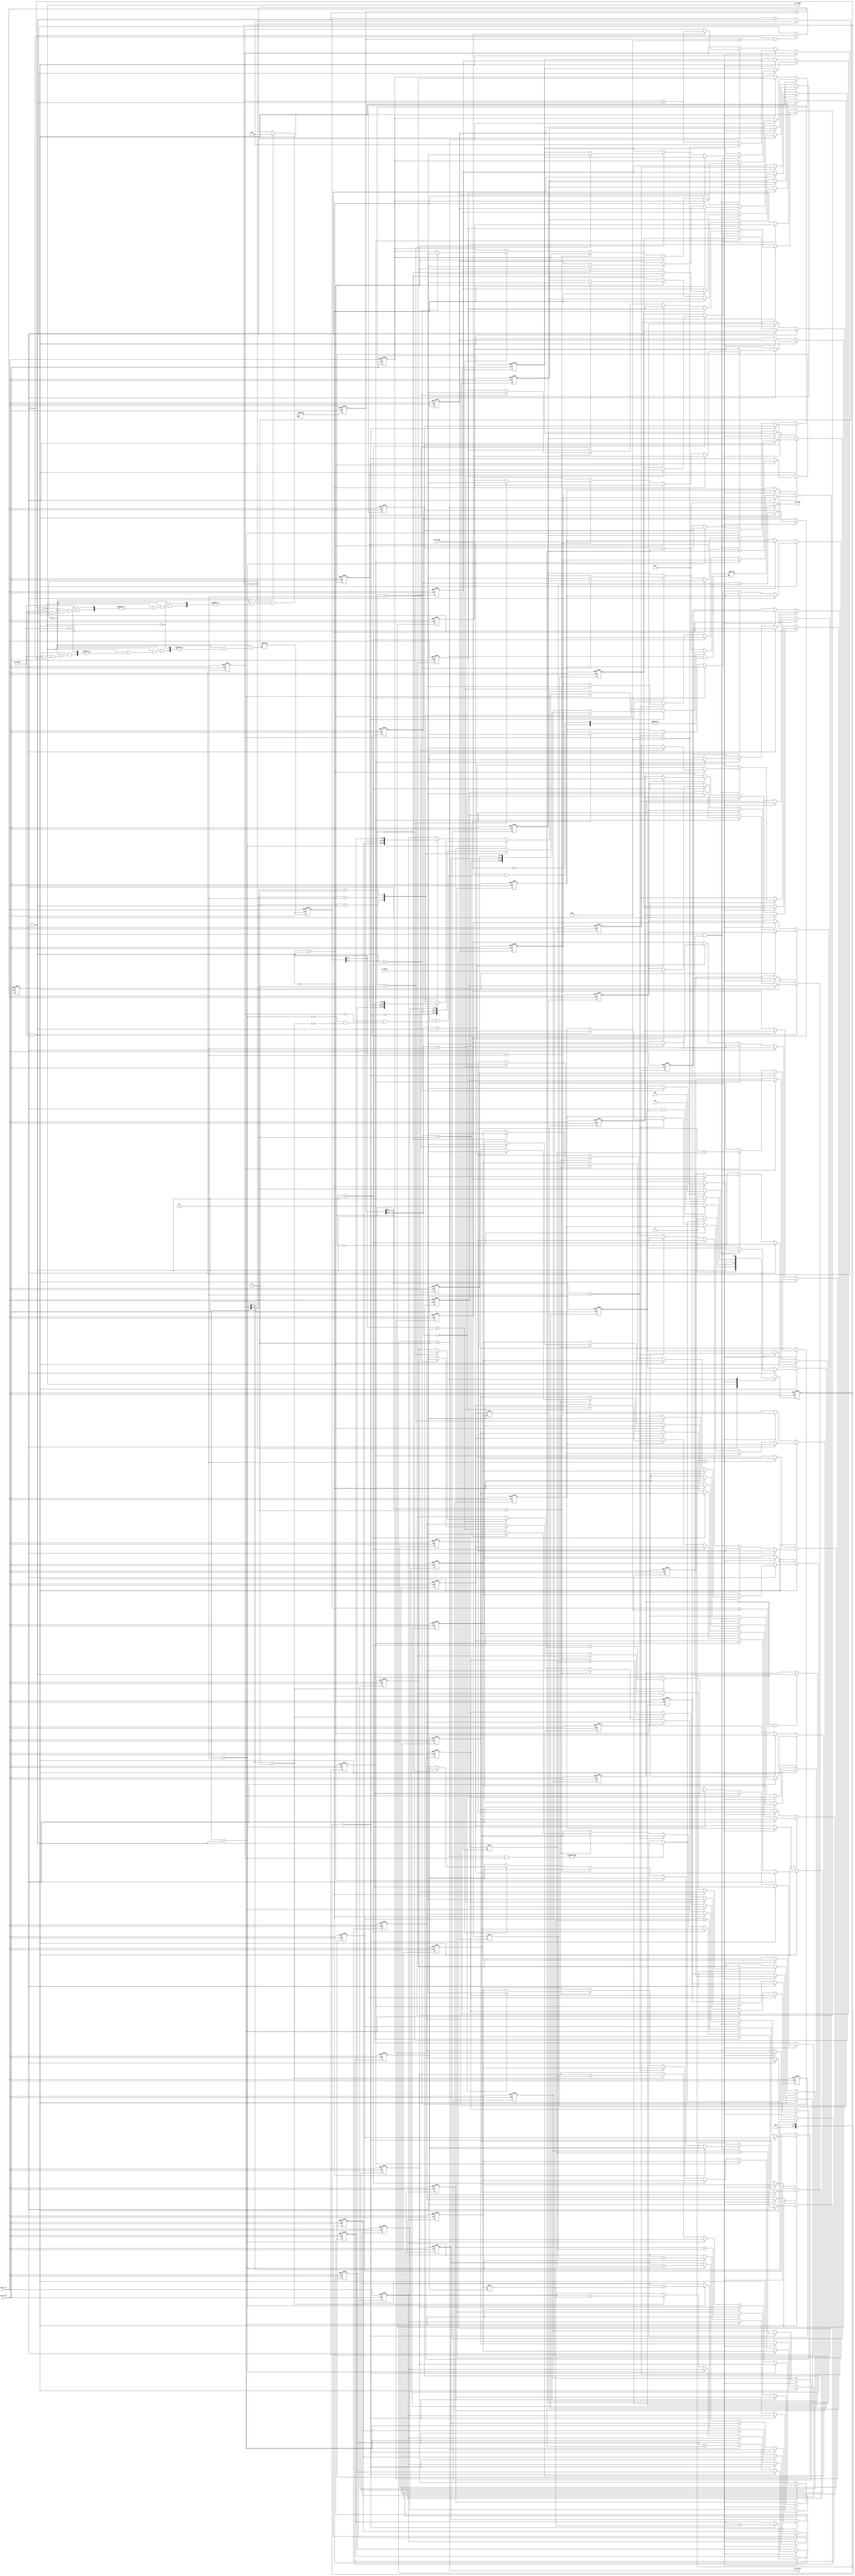
module mm
#(  parameter pADDR_WIDTH = 12,
    parameter pDATA_WIDTH = 32
)
(
    output  wire                     ss_tready,
    input   wire                     ss_tvalid,
    input   wire [(pDATA_WIDTH-1):0] ss_tdata,

    input   wire                     sm_tready,
    output  wire                     sm_tvalid,
    output  wire [(pDATA_WIDTH-1):0] sm_tdata,

    input   wire                     axis_clk,   // Clock source.
    input   wire                     axis_rst  // Global reset source, active low.
);

    reg  A_done, B_done, idle_reg;

    reg  [(pDATA_WIDTH-1):0]    A1_RAM [0:3];   // 0
    reg  [(pDATA_WIDTH-1):0]    A2_RAM [0:3];   // 4
    reg  [(pDATA_WIDTH-1):0]    A3_RAM [0:3];   // 8
    reg  [(pDATA_WIDTH-1):0]    A4_RAM [0:3];   // 12

    reg  [(pDATA_WIDTH-1):0]    B1_RAM [0:3];
    reg  [(pDATA_WIDTH-1):0]    B2_RAM [0:3];
    reg  [(pDATA_WIDTH-1):0]    B3_RAM [0:3];
    reg  [(pDATA_WIDTH-1):0]    B4_RAM [0:3];

    reg [4:0]   a_counter, a_next_counter;
    reg [4:0]   b_counter, b_next_counter;
	reg [1:0]   state, next_state;

    localparam  RESET = 2'd0, INIT = 2'd1, CALC = 2'd2, DONE = 2'd3;
    
    assign ss_tready = (state==INIT);
    assign sm_tvalid = (state==DONE);
    
    wire idle = ((state==DONE) & (C1_counter)) ? 1 : idle_reg;
    wire nA_done, nB_done;
    assign nA_done = (~A_done & a_counter==5'd16) ? 1 : A_done;
    assign nB_done = (~B_done & b_counter==5'd16) ? 1 : B_done;
    
    always @(posedge axis_clk or posedge axis_rst) begin
		if (axis_rst) begin
			A_done <= 0;
            B_done <= 0;
            idle_reg <= 0;
		end
		else begin
			A_done <= nA_done;
            B_done <= nB_done;
            idle_reg <= idle;
		end
    end

    // sequential part
    always @(posedge axis_clk or posedge axis_rst) begin
		if (axis_rst) begin
			state <= RESET;
            a_counter <= 0;
            b_counter <= 0;
		end
		else begin
			state <= next_state;
            a_counter <= a_next_counter;
            b_counter <= b_next_counter;
		end
	end

    // counter   
    always @(*) begin 
        if (state==RESET) begin
            a_next_counter=0;
            b_next_counter=0;
        end
        else if (state==INIT) begin
            if (ss_tvalid) begin
                if (~A_done) begin
                    a_next_counter = a_counter + 1;
                end
                else begin
                    b_next_counter = b_counter + 1;                 
                end
            end
        end
    end
    

    // combinational part, state transition
    always @(*) begin 
        case (state)
            RESET: begin 
                if (idle) begin
                    next_state = RESET;
                end 
                else begin
                    next_state = INIT;
                end
            end
            INIT: begin 
                if (A_done & B_done) begin
                    next_state = CALC;
                end
                else begin
                    next_state = INIT;
                end
            end
            CALC: begin 
                if (C1_counter==16) begin
                    next_state = DONE;
                end
                else begin
                    next_state = CALC;
                end
            end
            DONE: begin 
                if (C1_counter==16) begin
                    next_state = RESET;
                end
                else begin
                    next_state = DONE;
                end
            end
            default: begin 
                next_state = RESET;
            end
        endcase
    end

    // Data Storage
    integer i;
    always @(posedge axis_clk or posedge axis_rst) begin 
        if (axis_rst) begin
            for (i=0;i<4;i=i+1)begin
	            A1_RAM[i] <= 0;
                A2_RAM[i] <= 0;
                A3_RAM[i] <= 0;
                A4_RAM[i] <= 0;
                B1_RAM[i] <= 0;
                B2_RAM[i] <= 0;
                B3_RAM[i] <= 0;
                B4_RAM[i] <= 0;
	        end
	        C1_counter <= 0;
        end
        else if (state==INIT & ss_tvalid) begin
            if (~A_done) begin
                if (a_counter[3:2]==2'd0) begin
                    A1_RAM[a_counter[1:0]] <= ss_tdata;
                end
                else if (a_counter[3:2]==2'd1) begin
                    A2_RAM[a_counter[1:0]] <= ss_tdata;
                end
                else if (a_counter[3:2]==2'd2) begin
                    A3_RAM[a_counter[1:0]] <= ss_tdata;
                end
                else if (a_counter[3:2]==2'd3) begin
                    A4_RAM[a_counter[1:0]] <= ss_tdata;
                end
            end
            else if (A_done & ~B_done) begin
                if (b_counter[1:0]==2'd0) begin
                    B1_RAM[b_counter[3:2]] <= ss_tdata;
                end
                else if (b_counter[1:0]==2'd1) begin
                    B2_RAM[b_counter[3:2]] <= ss_tdata;
                end
                else if (b_counter[1:0]==2'd2) begin
                    B3_RAM[b_counter[3:2]] <= ss_tdata;
                end
                else if (b_counter[1:0]==2'd3) begin
                    B4_RAM[b_counter[3:2]] <= ss_tdata;
                end
            end
        end
        else if (state==CALC) begin
            for(i = 0; i < 3; i=i+1) begin
                A1_RAM[i] <= A1_RAM[i+1];
                A2_RAM[i] <= A2_RAM[i+1];
                A3_RAM[i] <= A3_RAM[i+1];
                A4_RAM[i] <= A4_RAM[i+1];
                B1_RAM[i] <= B1_RAM[i+1];
                B2_RAM[i] <= B2_RAM[i+1];
                B3_RAM[i] <= B3_RAM[i+1];
                B4_RAM[i] <= B4_RAM[i+1];
            end
            A1_RAM[3] <= A1_RAM[0];
            A2_RAM[3] <= A2_RAM[0];
            A3_RAM[3] <= A3_RAM[0];
            A4_RAM[3] <= A4_RAM[0];
            B1_RAM[3] <= B4_RAM[0];
            B2_RAM[3] <= B1_RAM[0];
            B3_RAM[3] <= B2_RAM[0];
            B4_RAM[3] <= B3_RAM[0];
            C1_counter <= C1_counter + 1;
            if (C1_counter==16) begin
                C1_counter <= 0;
            end
        end
        else if (state==DONE) begin
            if (sm_tready) begin
                C1_counter <= C1_counter + 1;
            end
        end
    end
    
    reg  [4:0]  C1_counter;
    wire [31:0] C1_mul, C2_mul, C3_mul, C4_mul;
    reg  [31:0] C1[3:0], C2[3:0], C3[3:0], C4[3:0];

    assign C1_mul = A1_RAM[0] * B1_RAM[0];
    assign C2_mul = A2_RAM[0] * B2_RAM[0];
    assign C3_mul = A3_RAM[0] * B3_RAM[0];
    assign C4_mul = A4_RAM[0] * B4_RAM[0];
    
    
    always @(posedge axis_clk or posedge axis_rst) begin
        if (axis_rst) begin
            for(i=0;i<4;i=i+1) begin 
                C1[i]<=0;
                C2[i]<=0;
                C3[i]<=0;
                C4[i]<=0;
            end
        end
        else begin
            if (state==CALC)begin
                if (C1_counter >>2 == 0)begin
                    C1[0]<=C1[0]+C1_mul;
                    C2[1]<=C2[1]+C2_mul;
                    C3[2]<=C3[2]+C3_mul;
                    C4[3]<=C4[3]+C4_mul;
                end    
                else if (C1_counter >>2 == 1) begin
                    C1[3]<=C1[3]+C1_mul;
                    C2[0]<=C2[0]+C2_mul;
                    C3[1]<=C3[1]+C3_mul;
                    C4[2]<=C4[2]+C4_mul;
                end
                else if (C1_counter >>2 == 2) begin
                    C1[2]<=C1[2]+C1_mul;
                    C2[3]<=C2[3]+C2_mul;
                    C3[0]<=C3[0]+C3_mul;
                    C4[1]<=C4[1]+C4_mul;
                end
                else if (C1_counter >>2 == 3) begin
                    C1[1]<=C1[1]+C1_mul;
                    C2[2]<=C2[2]+C2_mul;
                    C3[3]<=C3[3]+C3_mul;
                    C4[0]<=C4[0]+C4_mul;
                end
                /*
                else begin
   
                end
                */
            end
        end
    end
    
    reg [31:0] output_reg;
    assign sm_tdata = (state==DONE) ? output_reg : 0;

    always @(*) begin 
        if (state==DONE) begin
            if (sm_tready) begin
                if (C1_counter >>2 == 0)begin
                    output_reg <= C1[C1_counter[1:0]];
                end    
                else if (C1_counter >>2 == 1) begin
                    output_reg <= C2[C1_counter[1:0]];
                end
                else if (C1_counter >>2 == 2) begin
                    output_reg <= C3[C1_counter[1:0]];
                end
                else if (C1_counter >>2 == 3) begin
                    output_reg <= C4[C1_counter[1:0]];
                end
            end
            else begin
                output_reg <= output_reg;
            end
        end
        else begin
            output_reg <= 0;
        end
    end
    
    
    // test c part
    
    wire [31:0] C11;
    assign C11 = C1[0];
    wire [31:0] C12;
    assign C12 = C1[1];
    wire [31:0] C13;
    assign C13 = C1[2];
    wire [31:0] C14;
    assign C14 = C1[3];
    

    wire [31:0] C21;
    assign C21 = C2[0];
    wire [31:0] C22;
    assign C22 = C2[1];
    wire [31:0] C23;
    assign C23 = C2[2];
    wire [31:0] C24;
    assign C24 = C2[3];
    
    
    wire [31:0] C31;
    assign C31 = C3[0];
    wire [31:0] C32;
    assign C32 = C3[1];
    wire [31:0] C33;
    assign C33 = C3[2];
    wire [31:0] C34;
    assign C34 = C3[3];
    

    wire [31:0] C41;
    assign C41 = C4[0];
    wire [31:0] C42;
    assign C42 = C4[1];
    wire [31:0] C43;
    assign C43 = C4[2];
    wire [31:0] C44;
    assign C44 = C4[3];
    

    
    // test storev part 
    
    wire[31:0] A1_ram0;
    assign A1_ram0=A1_RAM[0];
    wire[31:0] A1_ram1;
    assign A1_ram1=A1_RAM[1];
    wire[31:0] A1_ram2;
    assign A1_ram2=A1_RAM[2];
    wire[31:0] A1_ram3;
    assign A1_ram3=A1_RAM[3];
    
    wire[31:0] A2_ram0;
    assign A2_ram0=A2_RAM[0];
    wire[31:0] A2_ram1;
    assign A2_ram1=A2_RAM[1];
    wire[31:0] A2_ram2;
    assign A2_ram2=A2_RAM[2];
    wire[31:0] A2_ram3;
    assign A2_ram3=A2_RAM[3];
 
 
    wire[31:0] A3_ram0;
    assign A3_ram0=A3_RAM[0];
    wire[31:0] A3_ram1;
    assign A3_ram1=A3_RAM[1];
    wire[31:0] A3_ram2;
    assign A3_ram2=A3_RAM[2];
    wire[31:0] A3_ram3;
    assign A3_ram3=A3_RAM[3];
 
 
    wire[31:0] A4_ram0;
    assign A4_ram0=A4_RAM[0];
    wire[31:0] A4_ram1;
    assign A4_ram1=A4_RAM[1];
    wire[31:0] A4_ram2;
    assign A4_ram2=A4_RAM[2];
    wire[31:0] A4_ram3;
    assign A4_ram3=A4_RAM[3];
    
 
 
    wire[31:0] B1_ram0;
    assign B1_ram0=B1_RAM[0];
    wire[31:0] B1_ram1;
    assign B1_ram1=B1_RAM[1];
    wire[31:0] B1_ram2;
    assign B1_ram2=B1_RAM[2];
    wire[31:0] B1_ram3;
    assign B1_ram3=B1_RAM[3];
    
    wire[31:0] B2_ram0;
    assign B2_ram0=B2_RAM[0];
    wire[31:0] B2_ram1;
    assign B2_ram1=B2_RAM[1];
    wire[31:0] B2_ram2;
    assign B2_ram2=B2_RAM[2];
    wire[31:0] B2_ram3;
    assign B2_ram3=B2_RAM[3];
 
 
    wire[31:0] B3_ram0;
    assign B3_ram0=B3_RAM[0];
    wire[31:0] B3_ram1;
    assign B3_ram1=B3_RAM[1];
    wire[31:0] B3_ram2;
    assign B3_ram2=B3_RAM[2];
    wire[31:0] B3_ram3;
    assign B3_ram3=B3_RAM[3];
 
 
    wire[31:0] B4_ram0;
    assign B4_ram0=B4_RAM[0];
    wire[31:0] B4_ram1;
    assign B4_ram1=B4_RAM[1];
    wire[31:0] B4_ram2;
    assign B4_ram2=B4_RAM[2];
    wire[31:0] B4_ram3;
    assign B4_ram3=B4_RAM[3];   

endmodule